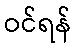
ဝင်ရန်